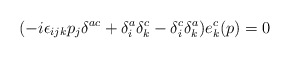
\begin{align*}( -i \epsilon_{ijk} p_j \delta^{ac} + \delta_i^a \delta_k^c - \delta_i^c \delta_k^a ) e_k^c (p)=0\end{align*}